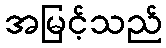
အမြင့်သည်